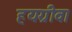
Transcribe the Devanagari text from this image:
हयग्रीव।